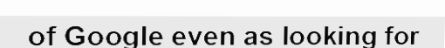
of Google even as looking for